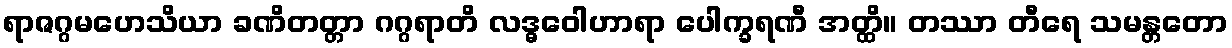
ရာဇဂ္ဂမဟေသိယာ ခဏိတတ္တာ ဂဂ္ဂရာတိ လဒ္ဓဝေါဟာရာ ပေါက္ခရဏီ အတ္ထိ။ တဿာ တီရေ သမန္တတော